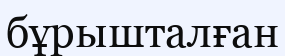
бұрышталған